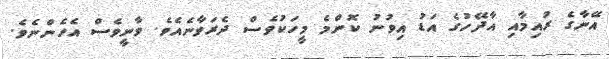
އޭނާގެ ރުއިމާއި އާދޭހުގެ އަޑު އިވުނު ކޮންމެ މީހަކުވެސް ދެރަވާނެއެވެ. ވާނީވެސް އެހެންނެވެ.